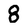
Character: 8